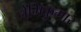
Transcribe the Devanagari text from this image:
नेमिकुमार